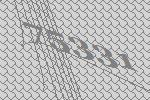
75331